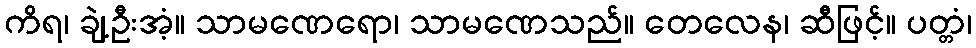
ကိရ၊ ချဲ့ဦးအံ့။ သာမဏေရော၊ သာမဏေသည်။ တေလေန၊ ဆီဖြင့်။ ပတ္တံ၊